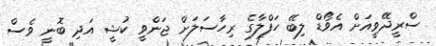
ސްރީދޭވީއަށް އެވޯޑް ލިބޭ ހަފްލާގެ ރިހާސަލަށް ޖަންވީ ކުޝީ އަދި ބޮނީ ވެސް